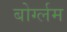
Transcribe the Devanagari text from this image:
बोर्ग्लम